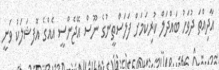
އާދިއްތަ ދުވަހު ބައްދަލް ކުރިކަމަށް ފަލަސްތީނުގެ ނޫސް އޭޖެންސީ އެއްގެ އޮފޝަލަކު ވަނީ